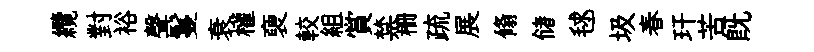
纜對裕聲鬘衰權褏較組賞禁栅疏展翛储毬圾春玕苦旣